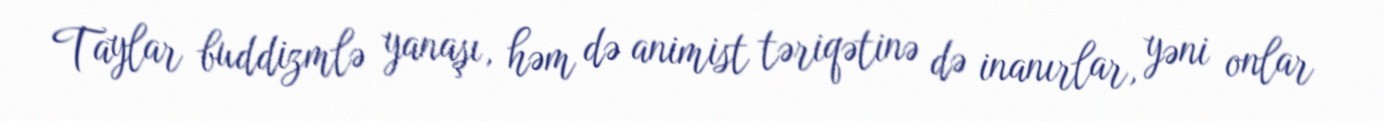
Taylar buddizmlə yanaşı, həm də animist təriqətinə də inanırlar, yəni onlar